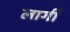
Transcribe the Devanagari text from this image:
लार्गी